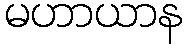
မဟာယာန